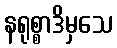
နရုစ္စာဒိမှသေ